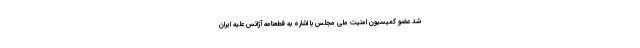
شد عضو کمیسیون امنیت ملی مجلس با اشاره به قطعنامه آژانس علیه ایران